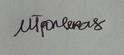
Signature authenticity: genuine